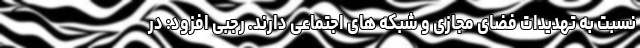
نسبت به تهدیدات فضای مجازی و شبکه های اجتماعی دارند. رجبی افزود: در